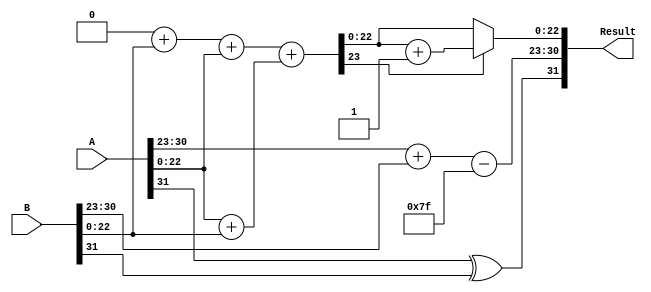
module radix4_floating_point_multiplier #(parameter e = 8, m = 23, bias = 127)(
    input wire [m + e + 1 - 1:0] A, // First floating-point operand
    input wire [m + e + 1 - 1:0] B, // Second floating-point operand
    output reg [m + e + 1 - 1:0] Result // Result in floating-point format
);

    // Decomposing input operands
    wire Sign_A = A[m + e]; // Sign bit of A
    wire Sign_B = B[m + e]; // Sign bit of B
    wire [e-1:0] Exponent_A = A[m + e - 1:m]; // Exponent of A
    wire [e-1:0] Exponent_B = B[m + e - 1:m]; // Exponent of B
    wire [m-1:0] Mantissa_A = A[m - 1:0]; // Significand of A
    wire [m-1:0] Mantissa_B = B[m - 1:0]; // Significand of B

    // Sign Calculation
    wire Sign_result = Sign_A ^ Sign_B;

    // Exponent Calculation
    wire [e:0] Exponent_result = Exponent_A + Exponent_B - bias;

    // Radix-4 Partial Product Generation
    reg [m:0] P0, P1, P2, P3; // The partial products
    always @(*) begin
        // Generate partial products based on Radix-4 grouping
        {P0, P1, P2, P3} = 0; // Zero initialization
        P0 = 0; // 00 -> 0
        P1 = Mantissa_B; // 01 -> B
        P2 = Mantissa_A; // 10 -> A
        P3 = Mantissa_A + Mantissa_B; // 11 -> A + B
    end

    // Addition of Partial Products
    reg [2*m:0] Sum; // To hold the sum of partial products
    always @(*) begin
        Sum = P0 + P1 + P2 + P3; // Sum of partial products
    end

    // Normalization of Result
    reg [m-1:0] ResultMantissa;
    reg [e:0] AdjustExponent;
    reg [2*m:0] NormalizedProduct; // Holds the normalized product
    always @(*) begin
        NormalizedProduct = Sum;

        // Normalization logic
        if (NormalizedProduct[2*m]) begin // Check for normalization
            NormalizedProduct = NormalizedProduct >> 1; // Shift right
            AdjustExponent = Exponent_result + 1; // Increase exponent
        end else begin
            AdjustExponent = Exponent_result; // Keep exponent
        end

        ResultMantissa = NormalizedProduct[m-1:0]; // Result mantissa
    end

    // Rounding (simple round-to-nearest even)
    reg [m:0] RoundingAdjustedMantissa;
    always @(*) begin
        if (NormalizedProduct[m]) begin // If the next bit (m) is set
            RoundingAdjustedMantissa = ResultMantissa + 1; // Round up
        end else begin
            RoundingAdjustedMantissa = ResultMantissa; // No rounding
        end
    end

    // Final Result Construction
    always @(*) begin
        Result = {Sign_result, AdjustExponent[e-1:0], RoundingAdjustedMantissa[m-1:0]};
    end

endmodule